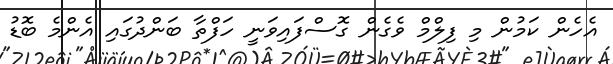
އެހެން ކަމުން މި ފިލްމް ވެގެން ގޮސްފައިވަނީ ހަފްތާ ބަންދުގައި އެންމެ ބޮޑު